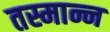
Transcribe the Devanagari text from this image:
तस्मान्न